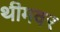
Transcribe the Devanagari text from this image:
थीमवर